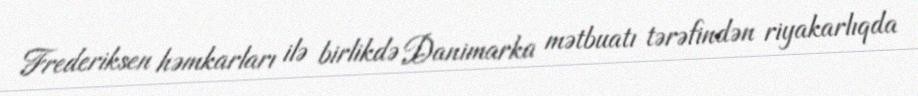
Frederiksen həmkarları ilə birlikdə Danimarka mətbuatı tərəfindən riyakarlıqda